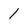
Character: 1